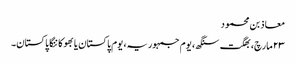
معاذ بن محمود
۲۳ مارچ، بھگت سنگھ، یوم جمہوریہ، یوم پاکستان یا بھوکا ننگا پاکستان۔